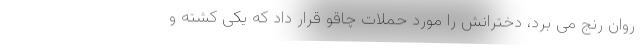
روان رنج می برد، دخترانش را مورد حملات چاقو قرار داد که یکی کشته و